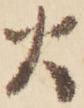
火